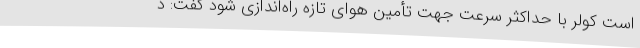
است کولر با حداکثر سرعت جهت تأمین هوای تازه راه‌اندازی شود گفت: د